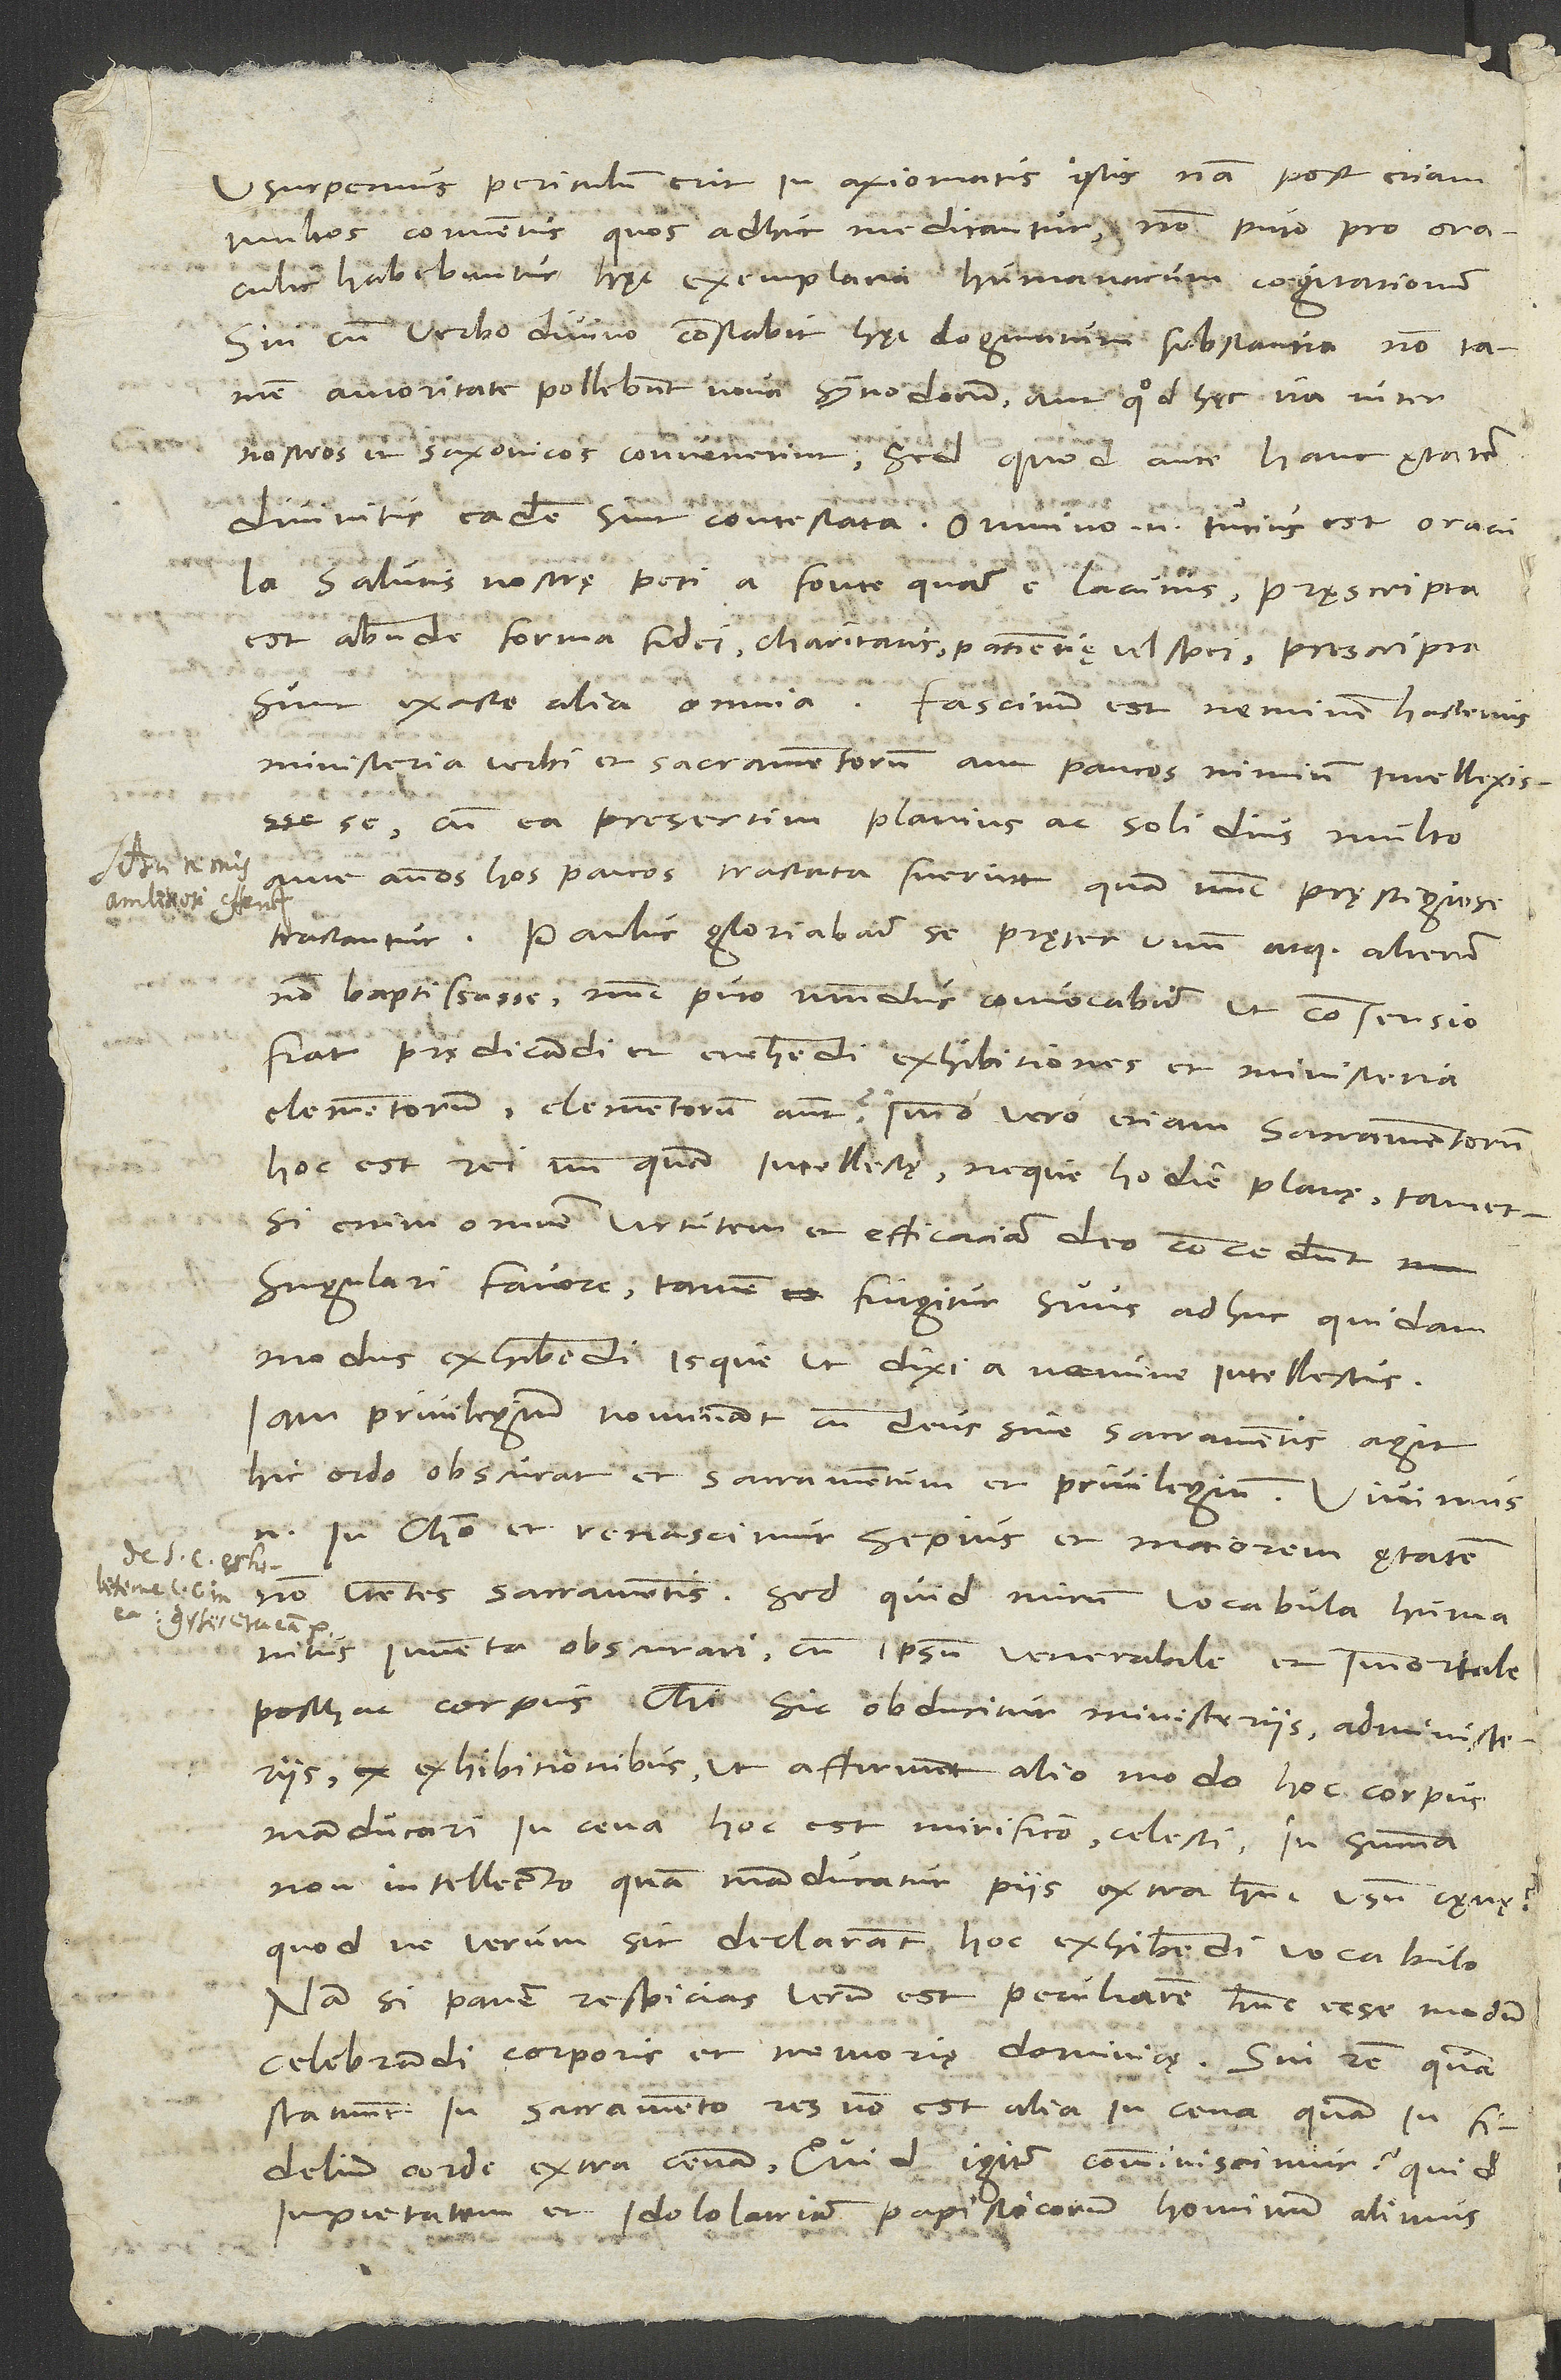
usurpemus, periculum erit in axiomatis istis. Nam post etiam
multos conventus, quos adhuc meditantur, non, puto, pro oraculis
habebuntur haec exemplaria humanarum cogitationum.
Sin cum verbo divino constabit haec dogmatum substantia, non tamen
autoritate pollebunt nova synodorum, aut quod haec ita inter
nostros et Saxonicos convenerint, sed quod ante hanc etatem
divinitus eadem sunt contestata. Omnino enim tutius est oracula
salutis nostrae peti a fonte quam e lacunis. Praescripta
est abunde forma fidei, charitatis, patientiae vel spei, prescripta
sunt exacte alia omnia. Fascinum est neminem hactenus
ministeria verbi et sacramentorum aut paucos nimium intellexisse,
cum ea presertim planius ac solidius multo
ante annos hos paucos tractata fuerint, quam nunc praestigiose
tractantur. Paulus gloriabatur se pręter unum atque alterum
non baptissasse; nunc, puto, mundus convocabitur, ut consensio
fiat praedicandi et evehendi exhibitiones et ministeria
elementorum - elementorum autem? immo vero etiam sacramentorum,
hoc est, rei nunquam intellectae neque hodie plane. Tametsi
enim omnem virtutem et efficaciam deo concedunt
singulari favore, tamen fingitur suus adhuc quidam
modus exhibendi isque, ut dixi, a nemine intellectus.
Iam privilegium nominant, cum deus sine sacramentis agit.
Hic ordo obscurat et sacramentum et privilegium. Vivimus
enim in Christo et renascimur sepius et maiorem etatem
non utentes sacramentis. Sed quid minim vocabula humanitus
inventa obscurari, cum ipsum venerabile et immortale
posthac corpus Christi sic obducitur ministeriis, administeriis,
exhibitionibus, ut affirment alio modo hoc corpus
manducari in cena - hoc est mirifico, celesti, in summa:
non intellecto -, quam manducatur piis extra hunc usum caenae?
Quodne verum sit, declarant hoc "exhibendi" vocabulo.
Nam si panem respicias, verum est peculiarem hunc esse modum
celebrandi corporis et memoriae dominicae; sin rem, quam
statuunt in sacramento, res non est alia in cena quam in
fidelium corde extra cenam. Quid igitur comminiscimur? Quid
impietatem et idololatriam papisticorum hominum alimus